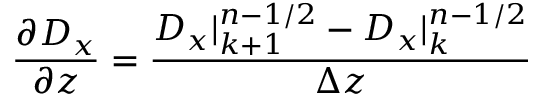
\frac { \partial D _ { x } } { \partial z } = \frac { D _ { x } | _ { k + 1 } ^ { n - 1 / 2 } - D _ { x } | _ { k } ^ { n - 1 / 2 } } { \Delta z }